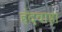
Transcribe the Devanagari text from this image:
हंदवाड़ा